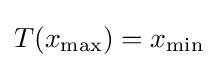
T(x_{\max })=x_{\min }